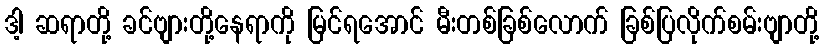
ဒါ့ ဆရာတို့ ခင်ဗျားတို့နေရာကို မြင်ရအောင် မီးတစ်ခြစ်လောက် ခြစ်ပြလိုက်စမ်းဗျာတို့